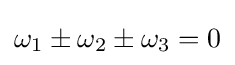
\omega _{1}\pm \omega _{2}\pm \omega _{3}=0